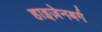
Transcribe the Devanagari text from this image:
हाइज़ेनबर्ग